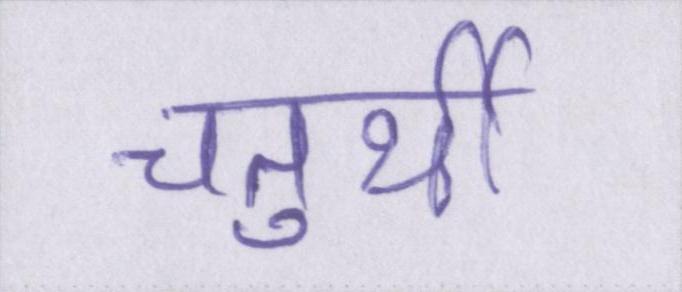
चतुर्थी